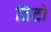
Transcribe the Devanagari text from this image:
व्रिटो